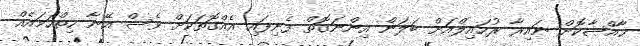
ޚާއްޞާކޮށް ނައިރާ ރުހައިލްއަށް ބަލަން އިންނަގޮތް ފެނިފައި އެއްގޮތަކަށް ވެސް އޭނާ ހިތްހަމައެއް